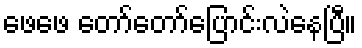
ဖေဖေ တော်တော်ပြောင်းလဲနေပြီ။